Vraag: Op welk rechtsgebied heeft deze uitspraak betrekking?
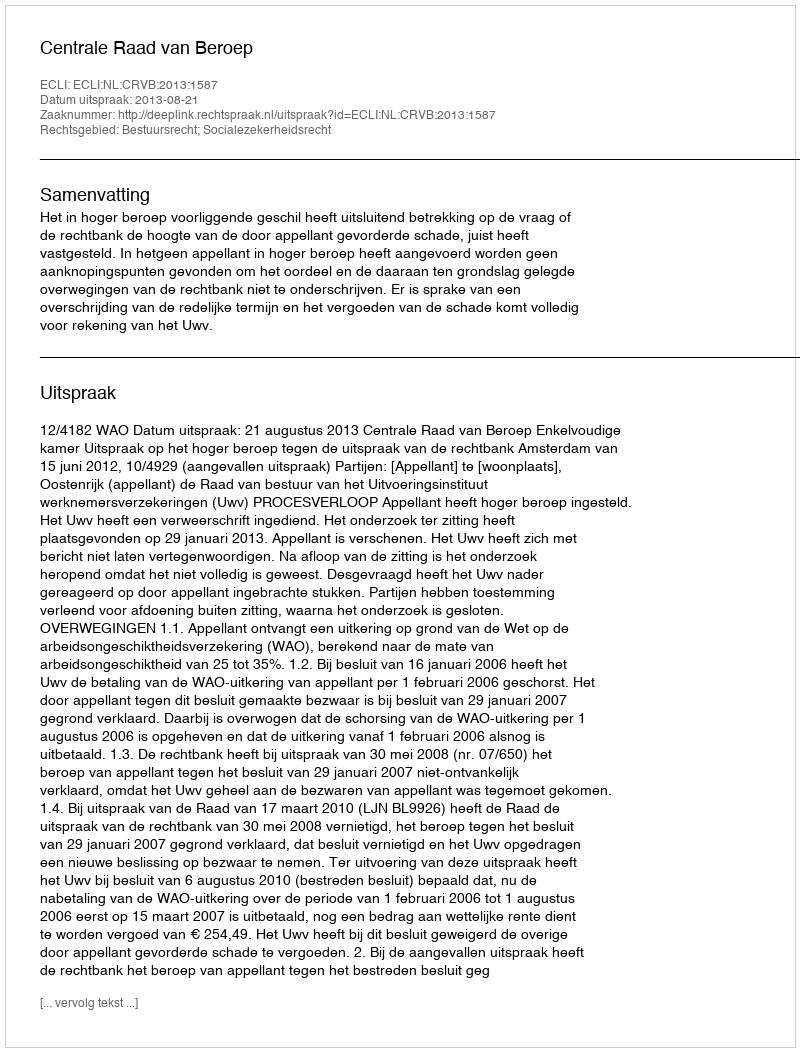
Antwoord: Bestuursrecht; Socialezekerheidsrecht